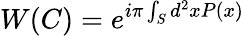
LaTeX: W(C)=e^{i\pi\int_{S}d^{2}xP(x)}